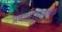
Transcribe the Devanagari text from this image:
प्रबळगडाजवळ